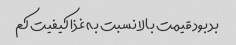
بد بود قیمت بالا نسبت به غذا کیفیت کم